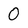
Character: 0